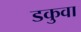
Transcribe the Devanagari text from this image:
डकुवा